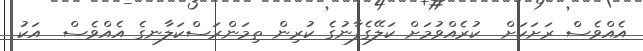
އެއްވެސް ރަށަކަށް  ކުރެއްވުމަށް ކަލޭގެފާނުގެ ކުރިން ތިމަންރަސްކަލާނގެ އެއްވެސް  އަކު